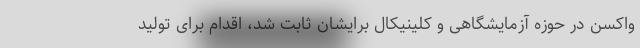
واکسن در حوزه آزمایشگاهی و کلینیکال برایشان ثابت شد، اقدام برای تولید